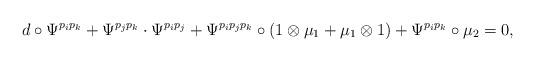
LaTeX: \begin{align*} d\circ\Psi^{p_ip_k}+ \Psi^{p_jp_k}\cdot\Psi^{p_i p_j} + \Psi^{p_ip_jp_k}\circ(1\otimes\mu_{1}+\mu_{1}\otimes 1) + \Psi^{p_ip_k}\circ\mu_{2}=0, \end{align*}